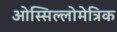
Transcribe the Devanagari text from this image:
ओस्सिल्लोमेत्रिक